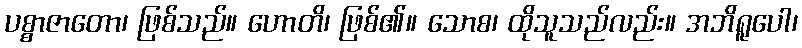
ပစ္စာဇာတော၊ ဖြစ်သည်။ ဟောတိ၊ ဖြစ်၏။ သောစ၊ ထိုသူသည်လည်း။ အဘိရူပေါ၊